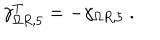
\gamma _ { \Omega R , 5 } ^ { T } = - \gamma _ { \Omega R , 5 } ~ .